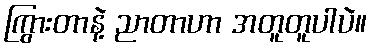
ကြွားတာနဲ့ ညာတာဟာ အတူတူပါပဲ။